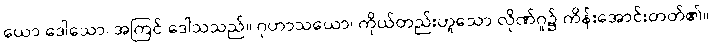
ယော ဒေါသော၊ အကြင် ဒေါသသည်။ ဂုဟာသယော၊ ကိုယ်တည်းဟူသော လိုဏ်ဂူ၌ ကိန်းအောင်းတတ်၏။